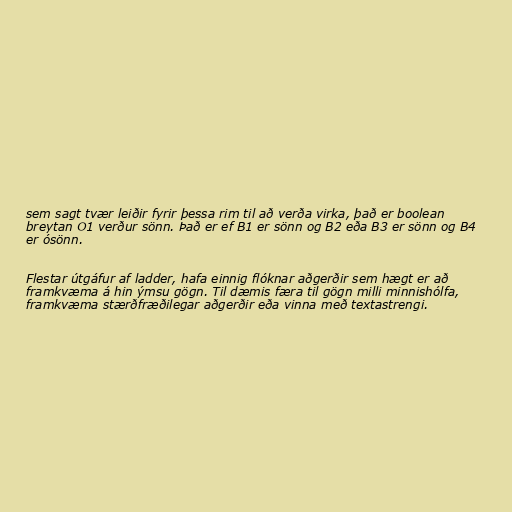
sem sagt tvær leiðir fyrir þessa rim til að verða virka, það er boolean
breytan O1 verður sönn. Það er ef B1 er sönn og B2 eða B3 er sönn og B4
er ósönn.

Flestar útgáfur af ladder, hafa einnig flóknar aðgerðir sem hægt er að
framkvæma á hin ýmsu gögn. Til dæmis færa til gögn milli minnishólfa,
framkvæma stærðfræðilegar aðgerðir eða vinna með textastrengi.